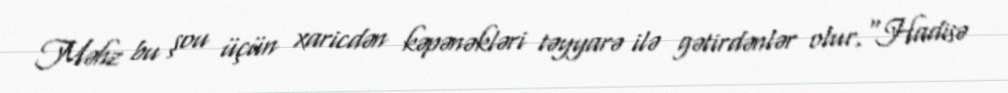
Məhz bu şou üçün xaricdən kəpənəkləri təyyarə ilə gətirdənlər olur.“Hadisə